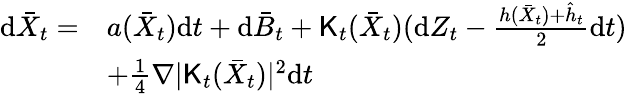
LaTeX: \begin{array}{rl}{\mathrm{d}\bar{X}_{t}=}&{a(\bar{X}_{t})\mathrm{d}t+\mathrm{d}\bar{B}_{t}+{\sf K}_{t}(\bar{X}_{t})(\mathrm{d}Z_{t}-\frac{h(\bar{X}_{t})+\hat{h}_{t}}{2}\mathrm{d}t)}\\ &{+\frac{1}{4}\nabla|{\sf K}_{t}(\bar{X}_{t})|^{2}\mathrm{d}t}\end{array}